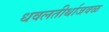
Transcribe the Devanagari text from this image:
धवलतीर्थाजवळ